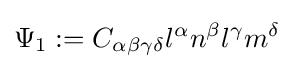
\Psi _{1}:=C_{\alpha \beta \gamma \delta }l^{\alpha }n^{\beta }l^{\gamma }m^{\delta }\